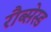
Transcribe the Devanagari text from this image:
रौब्सेस्ड